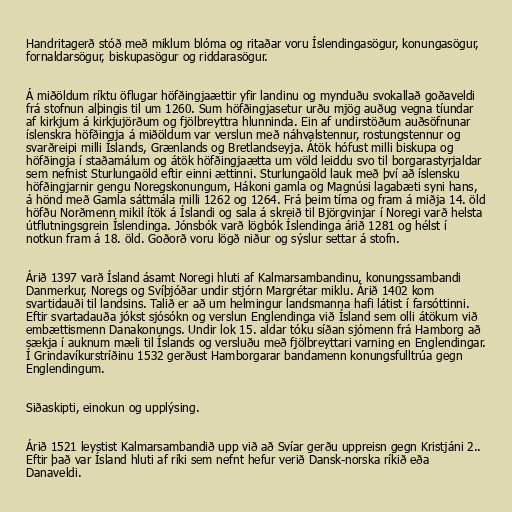
Handritagerð stóð með miklum blóma og ritaðar voru Íslendingasögur, konungasögur,
fornaldarsögur, biskupasögur og riddarasögur.

Á miðöldum ríktu öflugar höfðingjaættir yfir landinu og mynduðu svokallað goðaveldi
frá stofnun alþingis til um 1260. Sum höfðingjasetur urðu mjög auðug vegna tíundar
af kirkjum á kirkjujörðum og fjölbreyttra hlunninda. Ein af undirstöðum auðsöfnunar
íslenskra höfðingja á miðöldum var verslun með náhvalstennur, rostungstennur og
svarðreipi milli Íslands, Grænlands og Bretlandseyja. Átök hófust milli biskupa og
höfðingja í staðamálum og átök höfðingjaætta um völd leiddu svo til borgarastyrjaldar
sem nefnist Sturlungaöld eftir einni ættinni. Sturlungaöld lauk með því að íslensku
höfðingjarnir gengu Noregskonungum, Hákoni gamla og Magnúsi lagabæti syni hans,
á hönd með Gamla sáttmála milli 1262 og 1264. Frá þeim tíma og fram á miðja 14. öld
höfðu Norðmenn mikil ítök á Íslandi og sala á skreið til Björgvinjar í Noregi varð helsta
útflutningsgrein Íslendinga. Jónsbók varð lögbók Íslendinga árið 1281 og hélst í
notkun fram á 18. öld. Goðorð voru lögð niður og sýslur settar á stofn.

Árið 1397 varð Ísland ásamt Noregi hluti af Kalmarsambandinu, konungssambandi
Danmerkur, Noregs og Svíþjóðar undir stjórn Margrétar miklu. Árið 1402 kom
svartidauði til landsins. Talið er að um helmingur landsmanna hafi látist í farsóttinni.
Eftir svartadauða jókst sjósókn og verslun Englendinga við Ísland sem olli átökum við
embættismenn Danakonungs. Undir lok 15. aldar tóku síðan sjómenn frá Hamborg að
sækja í auknum mæli til Íslands og versluðu með fjölbreyttari varning en Englendingar.
Í Grindavíkurstríðinu 1532 gerðust Hamborgarar bandamenn konungsfulltrúa gegn
Englendingum.

Siðaskipti, einokun og upplýsing.

Árið 1521 leystist Kalmarsambandið upp við að Svíar gerðu uppreisn gegn Kristjáni 2..
Eftir það var Ísland hluti af ríki sem nefnt hefur verið Dansk-norska ríkið eða
Danaveldi.